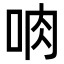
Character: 𪠼